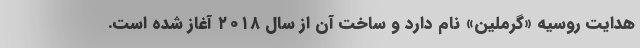
هدایت روسیه «گرملین» نام دارد و ساخت آن از سال ۲۰۱۸ آغاز شده است.